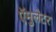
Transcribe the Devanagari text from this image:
ऍमुलेटर